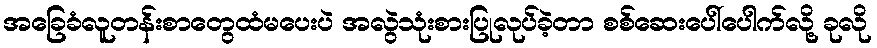
အခြေခံလူတန်းစာတွေထံမပေးပဲ အလွဲသုံးစားပြုလုပ်ခဲ့တာ စစ်ဆေးပေါ်ပေါက်လို့ ခုလို